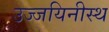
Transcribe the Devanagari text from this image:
उज्जयिनीस्थ